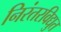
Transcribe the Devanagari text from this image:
निरंतरविद्युत